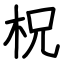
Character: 柷